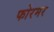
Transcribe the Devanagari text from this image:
फोरमर